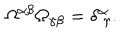
\Omega ^ { \alpha \beta } \Omega _ { \gamma \beta } = \delta _ { ~ \gamma } ^ { \alpha } .